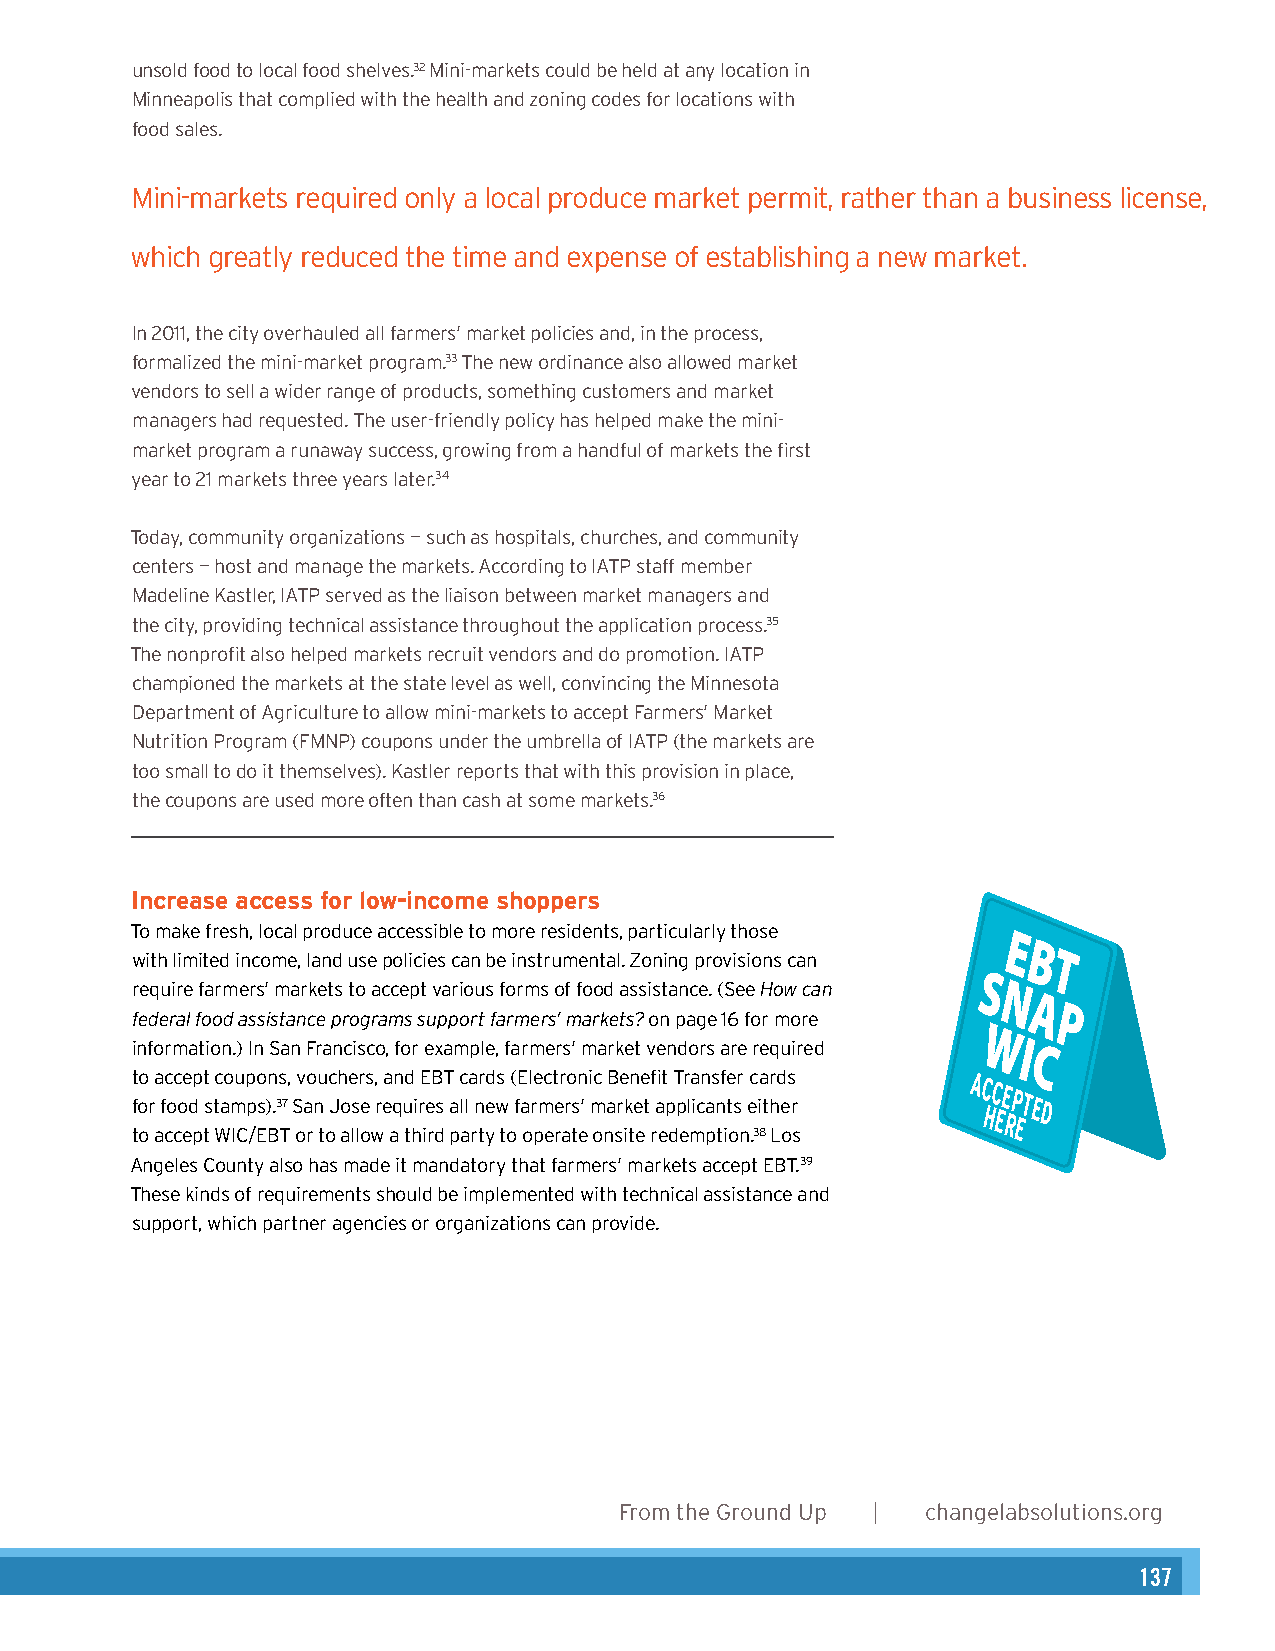
unsold food to local food shelves.32 Mini-markets could be held at any location in
 Authors
 Minneapolis that complied with the health and zoning codes for locations with
 food sales.                                           Heather Wooten, MCP, Senior Planner & Program Director
 Amy Ackerman, JD, Consulting Attorney
 Mini-markets required only a local produce market permit, rather than a business license,
 which greatly reduced the time and expense of establishing a new mAacrkkneotw.ledgements
 Angela Hadwin, MCP, Healthy Planning Fellow
 In 2011, the city overhauled all farmers’ market policies and, in the process,
 formalized the mini-market program.33 The new ordinance also allowed market
 Graphic Design
 vendors to sell a wider range of products, something customers and market
 Karen Parry | Black Graphics
 managers had requested. The user-friendly policy has helped make the mini-
 market program a runaway success, growing from a handful of markets the first
 year to 21 markets three years later.34
 Photos
 Karen Parry (pages 4, 18, and 26), Lydia Daniller (pages 6, 16, 23, 30, and 35), and
 Today, community organizations — such as hospitals, churches, and community
 centers — host and manage the markets. According to IATP staff member FlickrCreative Commons: Anuj Biyani (page 10), muffet (page 12), John Loo (page 14),
 Madeline Kastler, IATP served as the liaison between market managers and
 andalexander.steed (page 15).
 the city, providing technical assistance throughout the application process.35
 The nonprofit also helped markets recruit vendors and do promotion. IATP
 championed the markets at the state level as well, convincing the Minnesota
 Department of Agriculture to allow mini-markets to accept Farmers’ Market
 Nutrition Program (FMNP) coupons under the umbrella of IATP (the markets are
 too small to do it themselves). Kastler reports that with this provision in place,
 the coupons are used more often than cash at some markets.36
 Increase access for low-income shoppers
 To make fresh, local produce accessible to more residents, particularly those
 E
 B
 with limited income, land use policies can be instrumental. Zoning provisions can T
 S
 require farmers’ markets to accept various forms of food assistance. (See How can N
 A
 federal food assistance programs support farmers’ markets? on page 16 for more P
 information.) In San Francisco, for example, farmers’ market vendors are required
 WI
 C
 ft oo
 r
 a fc oc oe dp t
 s
 tc ao mup po s)n .3s 7, Sv ao nu c Jh oe sr es ,
 r
 ea qn ud
 i
 rE eB sT
 a
 c lla nr ed ws ( fE al re mct er ro sn
 ’
 i mc aB re kn ee tfi at
 p
 T pr la icn as nfe tsr ec ia tr hd es
 r
 AC
 HC EE RP ETED
 to accept WIC/EBT or to allow a third party to operate onsite redemption.38 Los
 Angeles County also has made it mandatory that farmers’ markets accept EBT.39
 These kinds of requirements should be implemented with technical assistance and
 support, which partner agencies or organizations can provide.
 2      From the Ground Up | changelabsolutions.org
 changelabsolutions.org | From the Ground Up 13
 137